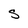
Character: S